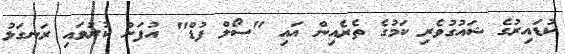
ކުޑައިރުގެ ޝައުގުވެރި ކަމުގެ ތެރެއިން އައި "ސޯލް ފުޑް" އުފަން ކުރުވައި ރަނގަޅު